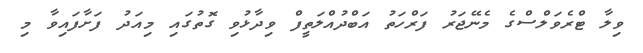
ވިލާ ޓްރެވަލްސްގެ މެނޭޖަރު ފަރްހަތު އަބްދުއްލަތީފް ވިދާޅުވި ގޮތުގައި މިއަދު ފަށާފައިވާ މި